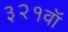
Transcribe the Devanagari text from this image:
३२१वॉ